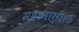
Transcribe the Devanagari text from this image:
महामार्ग१०